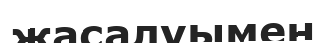
жасалуымен